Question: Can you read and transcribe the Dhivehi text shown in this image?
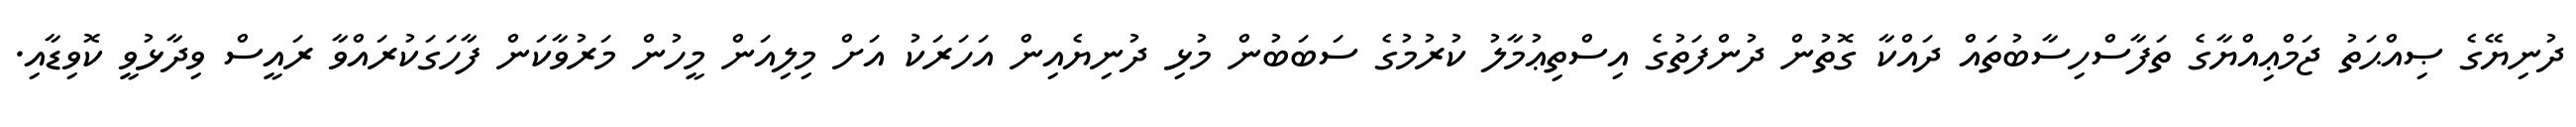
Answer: ދުނިޔޭގެ ޞިއްޙަތު ޖަމްޢިއްޔާގެ ތަފާސްހިސާބުތައް ދައްކާ ގޮތުން ދުންފަތުގެ އިސްތިޢުމާލު ކުރުމުގެ ސަބަބުން މުޅި ދުނިޔެއިން އަހަރަކު އަށް މިލިއަން މީހުން މަރުވާކަން ފާހަގަކުރައްވާ ރައީސް ވިދާޅުވީ ކޮވިޑާއި.